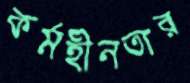
কর্মহীনতার